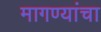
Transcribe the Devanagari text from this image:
मागण्यांचा